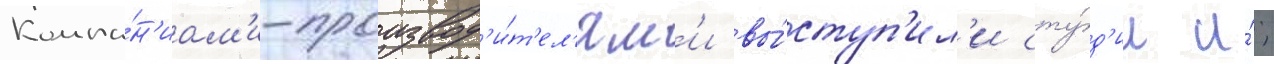
Компа́н'иам'и-производ'и́т'ел'ям'и вы́ступ'ил'и сту́д'ии и́;